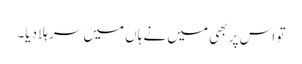
تو اس پر بھی میں نے ہاں میں سر ہلا دیا۔